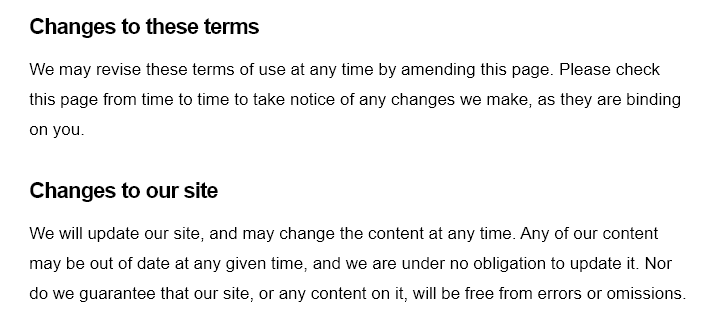
Changes to   these  terms
    We may revise these terms of use at any time by amending this page. Please check
    this page from time to time to take notice of any changes we make, as they are binding
    on you.
    Changes to   our site
    We will update our site, and may change the content at any time. Any of our content
    may be out of date at any given time, and we are under no obligation to update it. Nor
    do we guarantee that our site, or any content on it, will be free from errors or omissions.